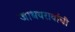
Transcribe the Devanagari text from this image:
जाधवरावांची